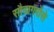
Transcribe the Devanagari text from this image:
सौदागरोंसे